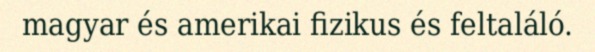
magyar és amerikai fizikus és feltaláló.